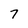
Character: 7